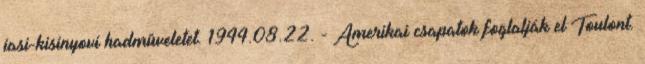
jasi-kisinyovi hadmûveletet. 1944.08.22. - Amerikai csapatok foglalják el Toulont.